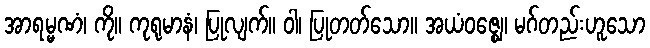
အာရမ္မဏံ၊ ကို။ ကုရုမာနံ၊ ပြုလျက်။ ဝါ၊ ပြုတတ်သော။ အယံဝဇ္ဈေ၊ မဂ်တည်းဟူသော